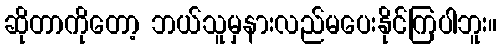
ဆိုတာကိုတော့ ဘယ်သူမှနားလည်မပေးနိုင်ကြပါဘူး။